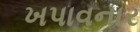
ખપાવનાર